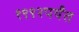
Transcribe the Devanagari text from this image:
१९९२पर्यंत